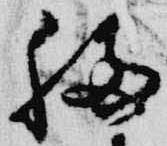
移